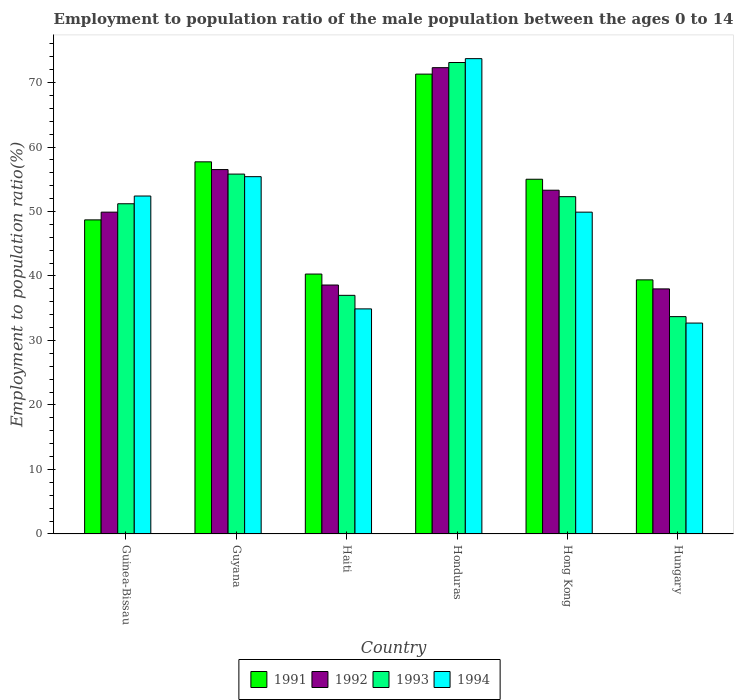
| Country | 1991 | 1992 | 1993 | 1994 |
 | --- | --- | --- | --- | --- |
 | Guinea-Bissau | 48.7 | 49.9 | 51.2 | 52.4 |
 | Guyana | 57.7 | 56.5 | 55.8 | 55.4 |
 | Haiti | 40.3 | 38.6 | 37 | 34.9 |
 | Honduras | 71.3 | 72.3 | 73.1 | 73.7 |
 | Hong Kong | 55 | 53.3 | 52.3 | 49.9 |
 | Hungary | 39.4 | 38 | 33.7 | 32.7 |